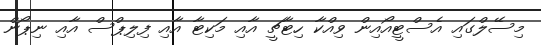
މިސޭލްގައި އެސްޓީއޯއިން ވިއްކާ ހިޓާޗީ އާއި މަކިޓާ އާއި ފިލިޕްސް އާއި ނިޕޯން